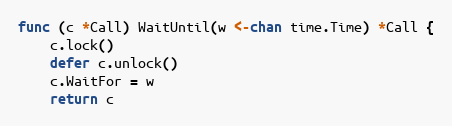
Language: Go
func (c *Call) WaitUntil(w <-chan time.Time) *Call {
	c.lock()
	defer c.unlock()
	c.WaitFor = w
	return c